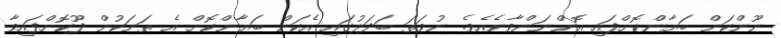
ނޫންކަން ބަޔާންކޮށްފައި އޮންނަންވާނެއެވެ. ނުވަތަ ބަދަލުގައި އެކަން ބަޔާންކޮށް އެ ތަނަކުން ދޫކޮށްފައިވާ